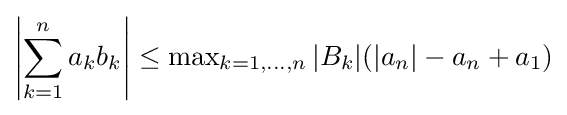
\left|\sum _{k=1}^{n}a_{k}b_{k}\right|\leq \operatorname {max} _{k=1,\dots ,n}|B_{k}|(|a_{n}|-a_{n}+a_{1})